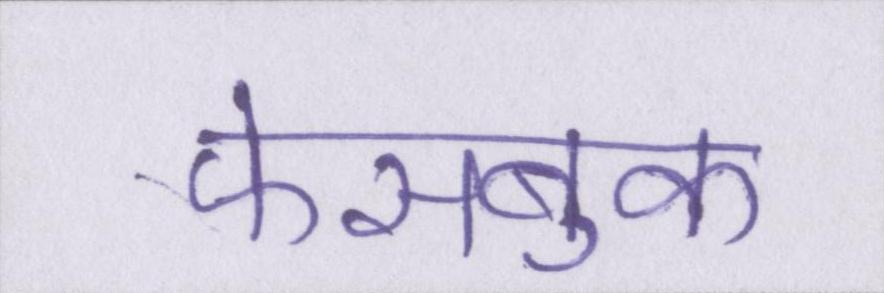
फेसबुक